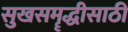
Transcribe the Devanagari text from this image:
सुखसमॄद्धीसाठी